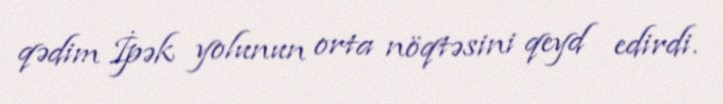
qədim İpək yolunun orta nöqtəsini qeyd edirdi.